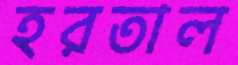
হরতাল